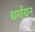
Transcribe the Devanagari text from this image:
धर्मायन